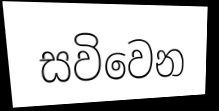
සවිවෙන